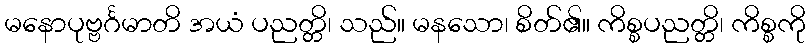
မနောပုဗ္ဗင်္ဂမာတိ အယံ ပညတ္တိ၊ သည်။ မနသော၊ စိတ်၏။ ကိစ္စပညတ္တိ၊ ကိစ္စကို